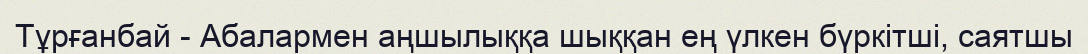
Тұрғанбай - Абалармен аңшылыққа шыққан ең үлкен бүркітші, саятшы